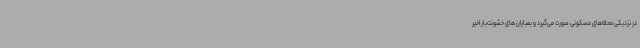
در نزدیکی محله‌های مسکونی صورت می‌گیرد و بمباران های خشونت‌بار اخیر